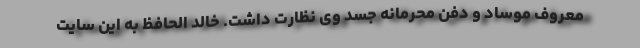
معروف موساد و دفن محرمانه جسد وی نظارت داشت. خالد الحافظ به این سایت